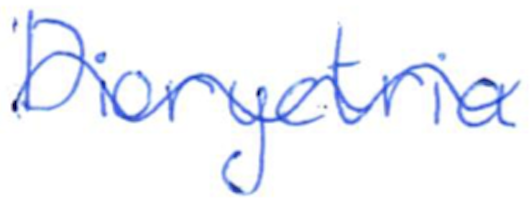
Text: Dioryctria
Cross-out: wave
Writing tool: ballpoint